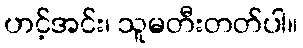
ဟင့်အင်း၊ သူမတီးတတ်ပါ။